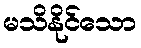
မသိနိုင်သော